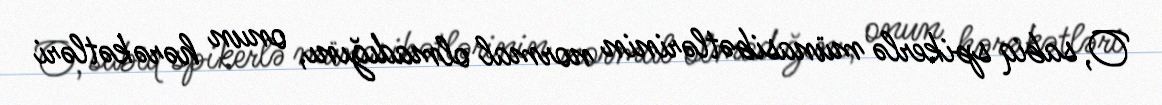
O, sabiq spikerlə münasibətlərinin normal olmadığını, onun hərəkətləri